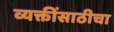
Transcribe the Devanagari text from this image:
व्यक्तींसाठीचा